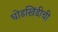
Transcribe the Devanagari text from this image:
घोडखिंडीची